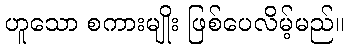
ဟူသော စကားမျိုး ဖြစ်ပေလိမ့်မည်။